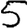
Digit: 5